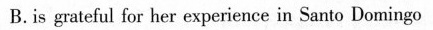
B.is grateful for lher experienee in San:o Do mingo